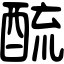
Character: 酼